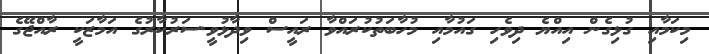
މިކަމާއި ގުޅިގެން އިއްޔެ ދިވެހި ގައުމާއި މުހާބަތުކުރައްވާ ރައީސް ވިދާޅުވީ.ސަރުކާރުގެ އަމާޒަކީ ރާއްޖޭގެ